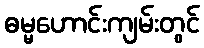
ဓမ္မဟောင်းကျမ်းတွင်